Report of the Municipal Commissioner on the plague in Bombay for the year ending 31st May... - Volume 2
Disease focus: Plague
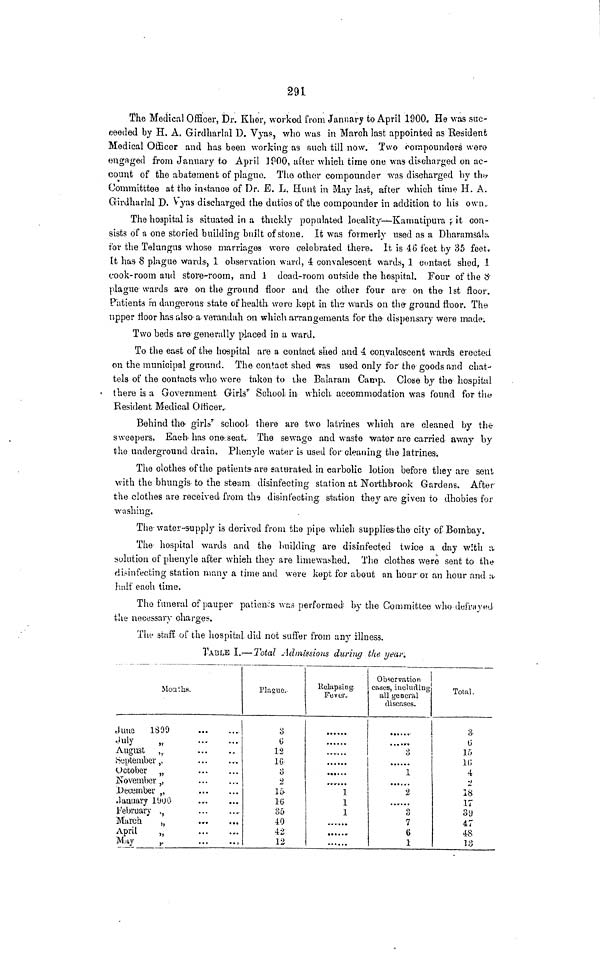
291
The Medical Officer, Dr. Klie'r, worked from January to April 1900. He was suc-
ceeded by H. A. Girdliarlal D. Vyas, who was in March last appointed as Kedident
Medical Officer and has been working as auoh till now. Two roir.pounders were-
engaged from January to April ] POO, after which time one was discharged on ac-
count of the abatement of plague. The other compouncler was discharged by thĈ
ommitttee at the instance of Dr. E. L. Hunt in May last, after which time H. A.
Girdharlal D. Vyas discharged the duties of the compounder in addition to his own.
The hospital is situated in a thickly populated locality—Kamatipura \ it con-
sists of a one storied building built of stone. It was formerly used as a Dharamsata
for the Telungus whose marriages were celebrated there. It is 46 feet by 35 feet,
It has 8 plague wards, 1 observation ward, 4 convalescent wards, 1 contact shed, 1
cook-room and store-room, and 1 dead-room outside the hospital. Four of the tf
plague wards are on the ground floor and the other four are- on the- 1st floor.
Patients i'n dangerous state of health were kept in tho wards on the- ground floor. The
tipper floor has also- a verandah on which ai*rangements for the dispensary were made.
Two beds are generally placed in a ward.
To the east of tire hospital are a contact shed and 4 convalescent wards erected
on the municipal ground. The contact shed was used only for the goods and chat-
tels of the contacts who were taken to the Balaram Camp. Close by the hospital
' there is a Government Girls' School in which, accommodation was found for tin?
Resident Medical Officer..
Behind the' girls'" school there are two latrines which are cleaned by the
sweepers. Each has one-seat. The sewage and waste water are carried away by
the underground drain. Phenyle water is used for clean ing the latrines.
The clothes of the patients- are saturated in carbolic lot-ion before they are sent
with the bhungis to the steam disinfecting station at Northbrook Gardens. After
the clothes are received from the disinfecting station they are given to dhobies for
washing.
The-water-supply is derived from the pipe which supplies-the city of Bombay.
The hospital wards and the building are disinfected twice a day with a
solution of phenyle after whieh they are limewashed. The clothes were sent to the
disinfecting station many a time and were kept for about an hour or an hour and a-
half each time.
The funeral of pauper patieu-'s was performed by the Committee who defrayed
the necessary charges.
The staff, of the hospital did not suffer from any illness,
TABLE I.:—Total Admissions during the. yeai 1 .
Months.
Juno
1899
,luly
August
September ,
October
November
December
January 1! JO
February
March
April
M >iy
Plague..
3
G
12
10
o
->
15-
10
o5
40
42
12
i
Eclapsing.
Fever.
• ••• ..
1
1
1
•
Observation 1
cases, including
all general
diseases.
3
1
2
u
7
6
1
1
Total.
3
G
ir>
10
4
2
18
17
39
47
48
13